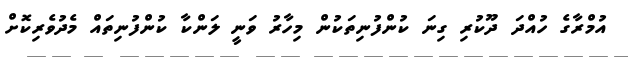
އުމްރާގެ ހުއްދަ ދޫކުރި ގިނަ ކުންފުނިތަކުން މިހާރު ވަނީ ލަންކާ ކުންފުނިތައް މެދުވެރިކޮށް